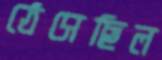
ঠেসেছিল